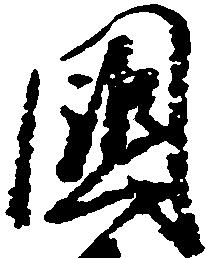
国